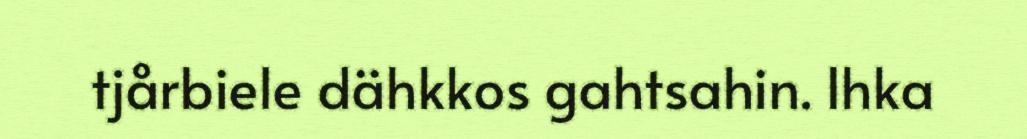
tjårbiele dähkkos gahtsahin. Ihka